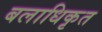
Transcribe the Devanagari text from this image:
बलाधिकृत